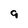
Character: 9